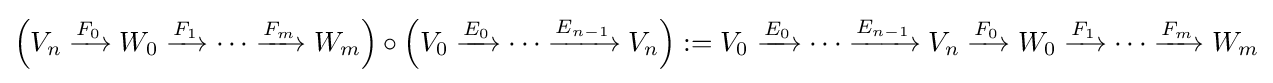
\left(V_{n}\xrightarrow {F_{0}} W_{0}\xrightarrow {F_{1}} \cdots \xrightarrow {F_{m}} W_{m}\right)\circ \left(V_{0}\xrightarrow {E_{0}} \cdots \xrightarrow {E_{n-1}} V_{n}\right):=V_{0}\xrightarrow {E_{0}} \cdots \xrightarrow {E_{n-1}} V_{n}\xrightarrow {F_{0}} W_{0}\xrightarrow {F_{1}} \cdots \xrightarrow {F_{m}} W_{m}